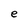
Character: e